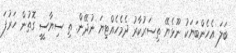
ބަލަ އެހެންބަޔަކު ނޫޅެޔޭ ތިސަރުކާރު ދެމެހެއްޓިޔަ ނުދޭން. ތި ސިޔާސީީ ގޮތުން ހަރުފަ